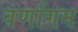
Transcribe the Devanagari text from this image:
वर्णागम